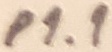
Text: P1.1